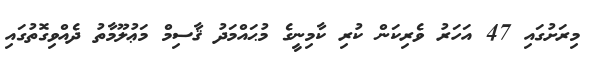
މިރަށުގައި 47 އަހަރު ވެރިކަން ކުރި ކާމިނީގެ މުޙައްމަދު ޤާސިމް މަޢުލޫމާތު ދެއްވިގޮތުގައި